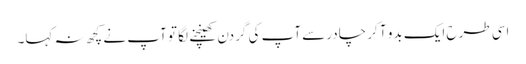
اسی طرح ایک بدو آ کر چادرسے آپ کی گردن کھینچنے لگا تو آپ نے کچھ نہ کہا۔